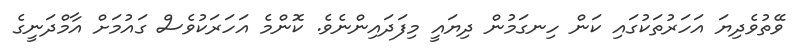
ވޭތުވެދިޔަ އަހަރުތަކުގައި ކަން ހިނގަމުން ދިޔައީ މިފަދައިންނެވެ. ކޮންމެ އަހަރަކުވެސް ގައުމަށް އާމްދަނީގެ